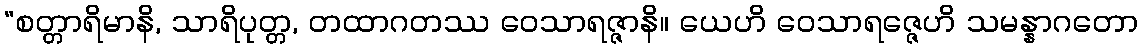
“စတ္တာရိမာနိ, သာရိပုတ္တ, တထာဂတဿ ဝေသာရဇ္ဇာနိ။ ယေဟိ ဝေသာရဇ္ဇေဟိ သမန္နာဂတော